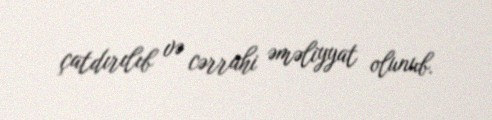
çatdırılıb və cərrahi əməliyyat olunub.